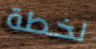
لخطة